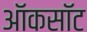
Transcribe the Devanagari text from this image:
ऑकसॉट